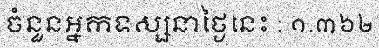
ចំនួនអ្នកទស្សនាថ្ងៃនេះ : ១.៣៦២